Medical and sanitary report of the native army of Bengal for the year
Year: 1874
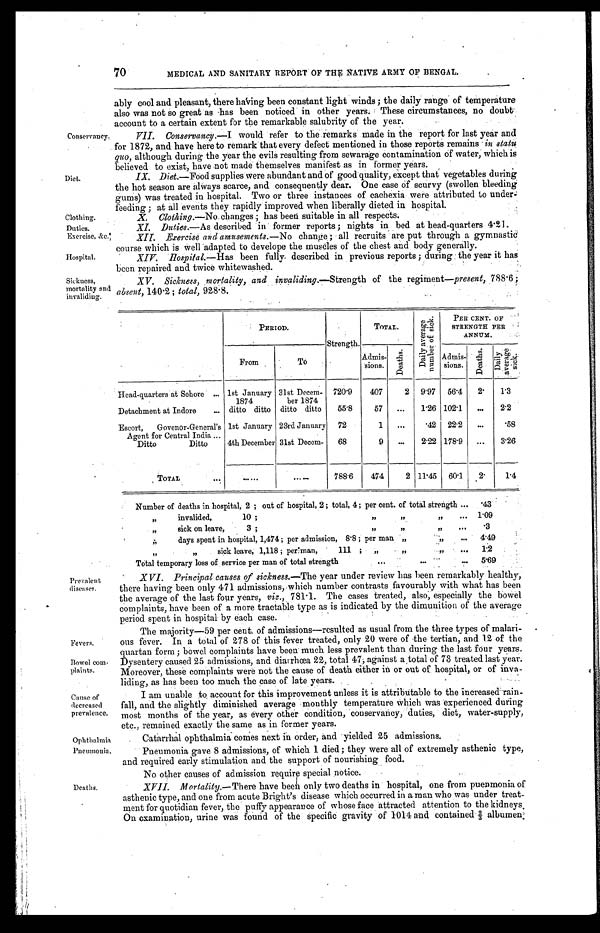
Clothing.
Duties.
Exercise, &c.
Hospital.
Sickness,
mortality and invaliding.
Fevers.
Bowel co
m-
plaints.
Cause of
decreased
prevalence.
Ophthalmia
Pneumonia.
70
MEDICAL AND SANITARY REPORT OF THE NATIVE ARMY OF BENGAL.
Conservancy.
Diet.
ably cool and pleasant, there having been constant light winds; the daily range of temperature
also was not so great as has been noticed in other years. These circumstances, no doubt
account to a certain extent for the remarkable salubrity of the year.
VII. Conservancy .—I would refer to the remarks made in the report for last year and
for 1872, and have here to remark that every defect mentioned in those reports remains in statu
quo, although during the year the evils resulting from sewarage contamination of water; which is
believed to exist, have not made themselves manifest as in former years.
IX. Diet .—Food supplies were abundant and of good quality, except that vegetables during
the hot season are always scarce, and consequently dear. One case Of scurvy (swollen bleeding
gums) was treated in hospital. Two or three instances of cachexia were attributed to under
-
feeding: at all events they rapidly improved when liberally dieted in hospital.
X. Clothing.—No changes; has been suitable in all respects.
XI. Duties.—As described in former reports: nights in bed at head-quarters 4.
21.
XII. Exercise and amusements .—No change; all recruits are put through a gymnastic
course which is well adapted to develope the muscles of the chest and body generally.
XIV Hospital .—Has been fully described in previous reports; during the year it has
been repaired and twice whitewashed.
XV. Sickness, mortality, and invaliding .—Strength of the regiment—present, 788.6;
absent, 140.2; total, 928.8.
Prevalent
diseases.
PERIOD.
Strength.
TOTAL.
D a i l y a v e r a g e n u m b e r o f s i c k .
PER CENT. OF
STRENGTH PER
ANNUM.
From
To
Admis-
sions.
D e a t h s .
Admis-
sions.
D e a t h s .
D a i l y a v e r a g e s i c k .
Head-quarters at Sehore . . . 1st January
1874
31st Decem-
ber 1874
720.9
407
2 9.97 56.4
2 .
1.3
Detachment at Indore . . . ditto ditto ditto ditto
55.8
57
. . .
1.26 102.1
. . .
2.2
Escort, Govenor-General's
Agent for Central India . . .
1st January 23rd January 72
1
. . .
.42
22.2
. . .
.58
Ditto Ditto
4th December 31st December
68
9
. . .
2.22 178.9
. . .
3.26
T O T A L . . .
. . .
. . .
788.6
474
2 11.45 60.1
2 .
1.4
Number of deaths in hospital, 2; out of hospital, 2; total, 4; per cent. of total strength . . .
.43
" invalided, 10; " " " . . .
1.09
" sick on leave,
3;
"
"
"
.
.
.
.3
" days spent in hospital, 1,474; per admission, 8.8; per man " " . . .
4.49
" " sick leave, 1,118; per man,
111; " " " . . .
1.2
Total temporary loss of service per man of total strength . . .
5.69
XVI. Principal causes of sickness.—The year under review has been remarkably healthy,
there having been only 471 admissions, which number contrasts favourably with what has been
the average of the last four years, viz., 781.1. The cases treated, also, especially the bowel
complaints, have been of a more tractable type as is indicated by the dimunition of the average
period spent in hospital by each case.
The majority—59 per cent. of admissions—resulted as usual from the three types of malari
-
ous fever. In a total of 278 of this fever treated, only 20 were of the tertian, and 12 of the
quartan form; bowel complaints have been much less prevalent than during the last four years.
Dysentery caused 25 admissions, and diarrhœa 22, total 47, against a total of 73 treated last year.
Moreover, these complaints were not the cause of death either in or out of hospital, or of inva
-
liding, as has been too much the ease of late years.
I am unable to account for this improvement unless it is attributable to the increased rain
-
fall, and the slightly diminished average monthly temperature which was experienced during
most months of the year, as every other condition, conservancy, duties, diet, water-supply,
etc., remained exactly the same as in former years.
Catarrhal ophthalmia comes next in order, and yielded 25 admissions.
Pneumonia gave 8 admissions, of which 1 died; they were all of extremely asthenic type,
and required early stimulation and the support of nourishing food.
No other causes of admission require special notice.
Deaths.
XVII. Mortality.—There have been only two deaths in hospital, one from puenmonia of
asthenic type, and one from acute Bright's disease which occurred in a man who was under treat
-ment for quotidian fever, the puffy appearance of whose face attracted attention to the kidneys.
On examination, urine was found of the specific gravity of 1014 and contained 2/3 albumen.